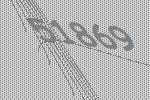
51869